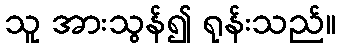
သူ အားသွန်၍ ရုန်းသည်။